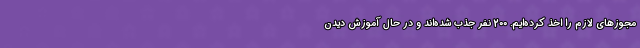
مجوزهای لازم را اخذ کرده‌ایم. 200 نفر جذب شده‌اند و در حال آموزش دیدن